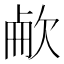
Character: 欳